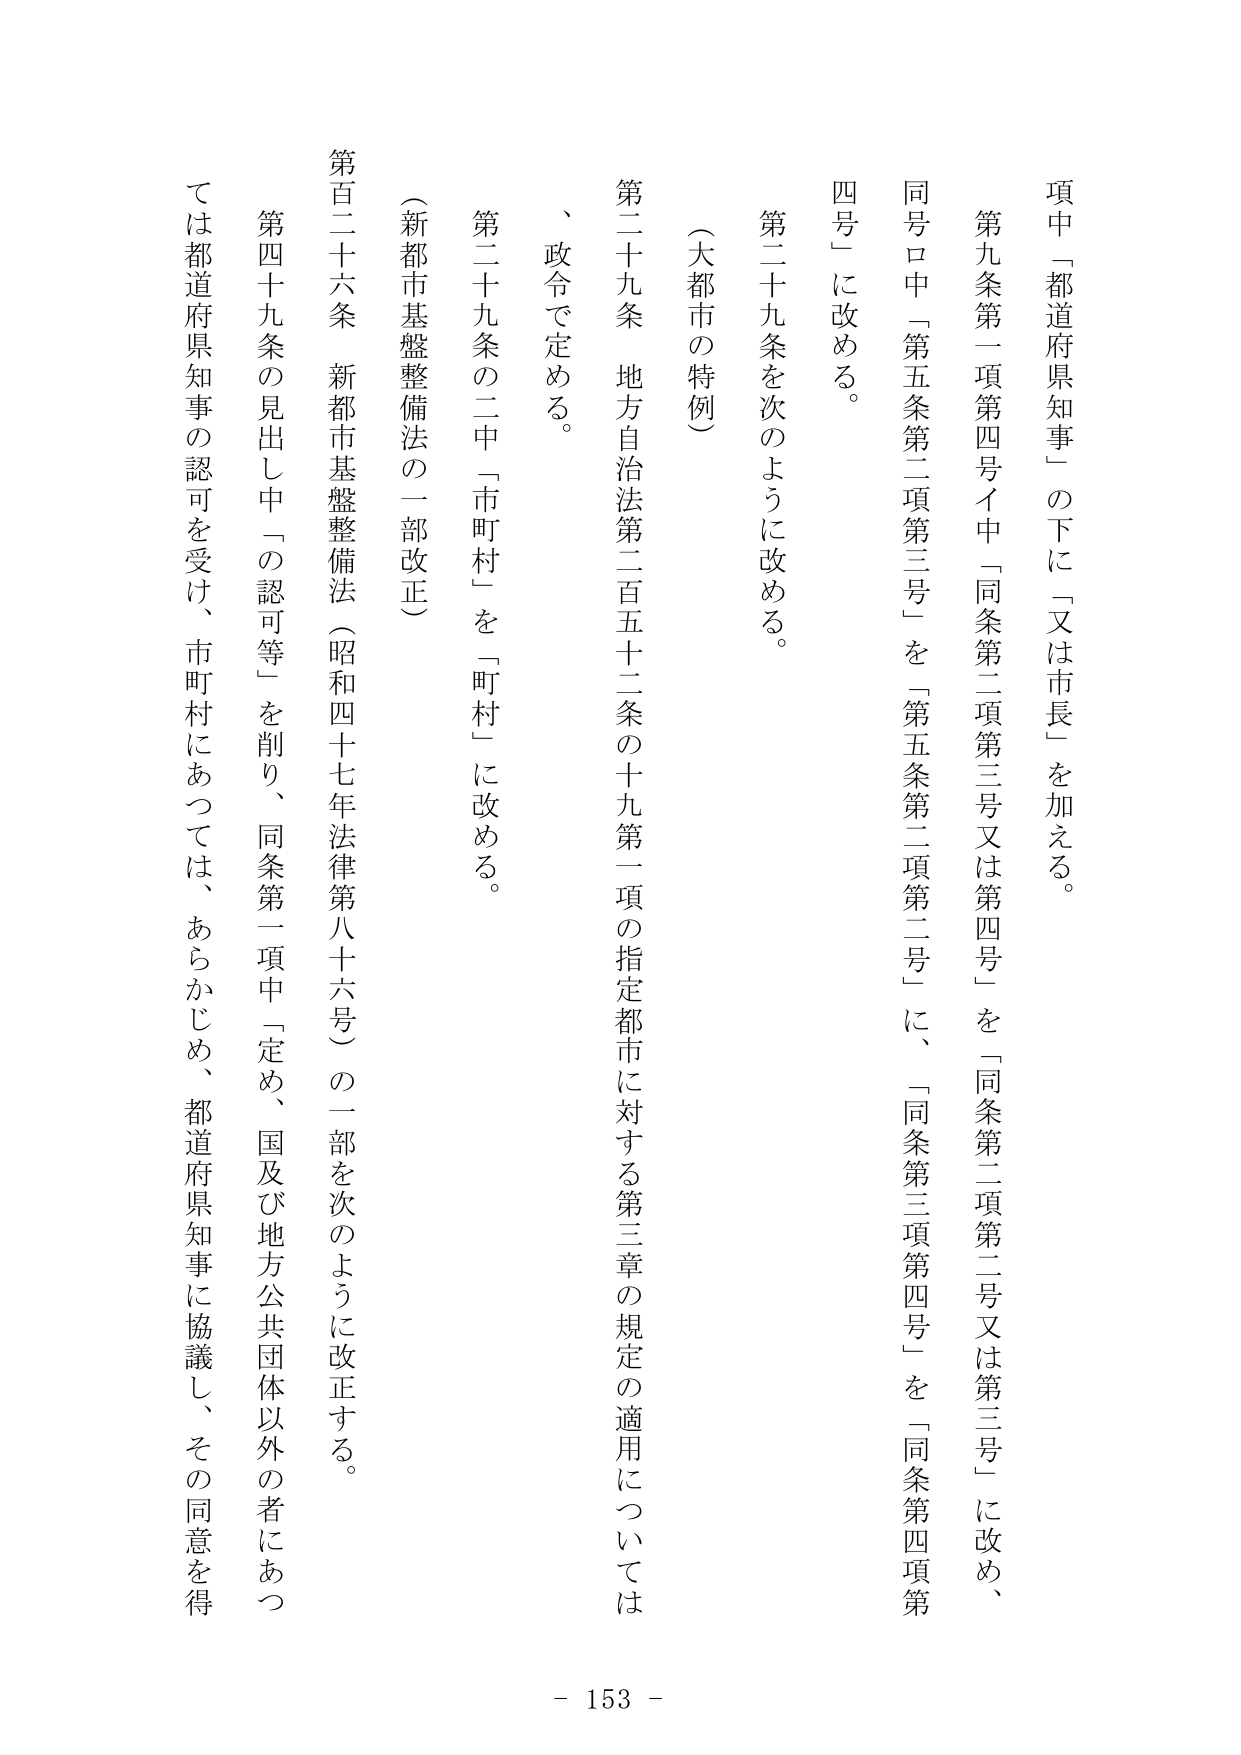
項中「都道府県知事」の下に「又は市長」を加える。

第九条第一項第四号イ中「同条第二項第三号又は第四号」を「同条第二項第二号又は第三号」に改め、
同号ロ中「第五条第二項第三号」を「第五条第二項第二号」に、「同条第三項第四号」を「同条第四項第
四号」に改める。

第二十九条を次のように改める。

（大都市の特例）

第二十九条　地方自治法第二百五十二条の十九第一項の指定都市に対する第三章の規定の適用については
、政令で定める。

第二十九条の二中「市町村」を「町村」に改める。

（新都市基盤整備法の一部改正）

第百二十六条　新都市基盤整備法（昭和四十七年法律第八十六号）の一部を次のように改正する。

第四十九条の見出し中「の認可等」を削り、同条第一項中「定め、国及び地方公共団体以外の者にあつ
ては都道府県知事の認可を受け、市町村にあつては、あらかじめ、都道府県知事に協議し、その同意を得

- 153 -